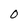
Character: 0